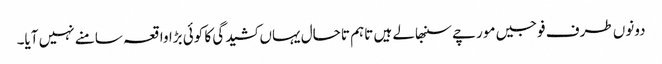
دونوں طرف فوجیں مورچے سنبھالے ہیں تاہم تاحال یہاں کشیدگی کا کوئی بڑا واقعہ سامنے نہیں آیا۔